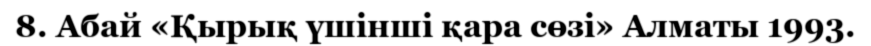
8. Абай «Қырық үшінші қара сөзі» Алматы 1993.